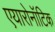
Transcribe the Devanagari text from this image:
एयारोनॉटिक